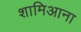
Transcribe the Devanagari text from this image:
शामिआना